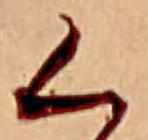
く